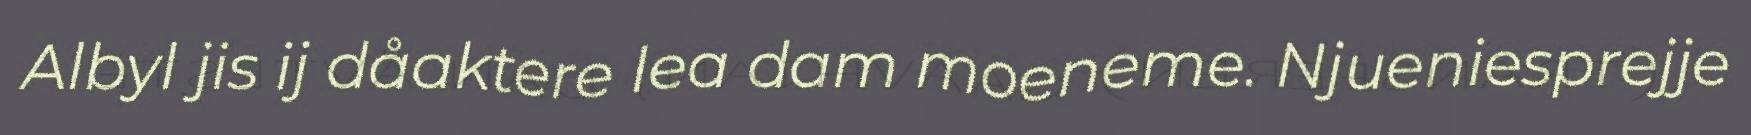
Albyl jis ij dåaktere lea dam moeneme. Njueniesprejje